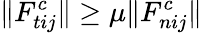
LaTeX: \| F_{tij}^{c}\| \ge\mu\| F_{nij}^{c}\|